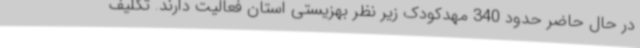
در حال حاضر حدود 340 مهدکودک زیر نظر بهزیستی استان فعالیت دارند. تکلیف